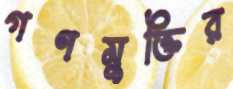
গণমুক্তির